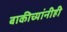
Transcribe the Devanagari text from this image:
बाकीच्यांनीही